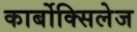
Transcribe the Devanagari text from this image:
कार्बोक्सिलेज